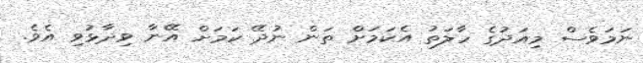
ނަމަވެސް މިއަދުގެ ހާލަތު އެކަމަށް ތަން ނުދޭ ކަމަށް އޭނާ ވިދާޅުވި އެވެ.